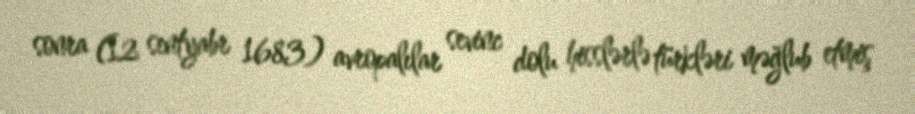
sonra (12 sentyabr 1683) avropalılar sevinc dolu hisslərlə türkləri məğlub etmiş